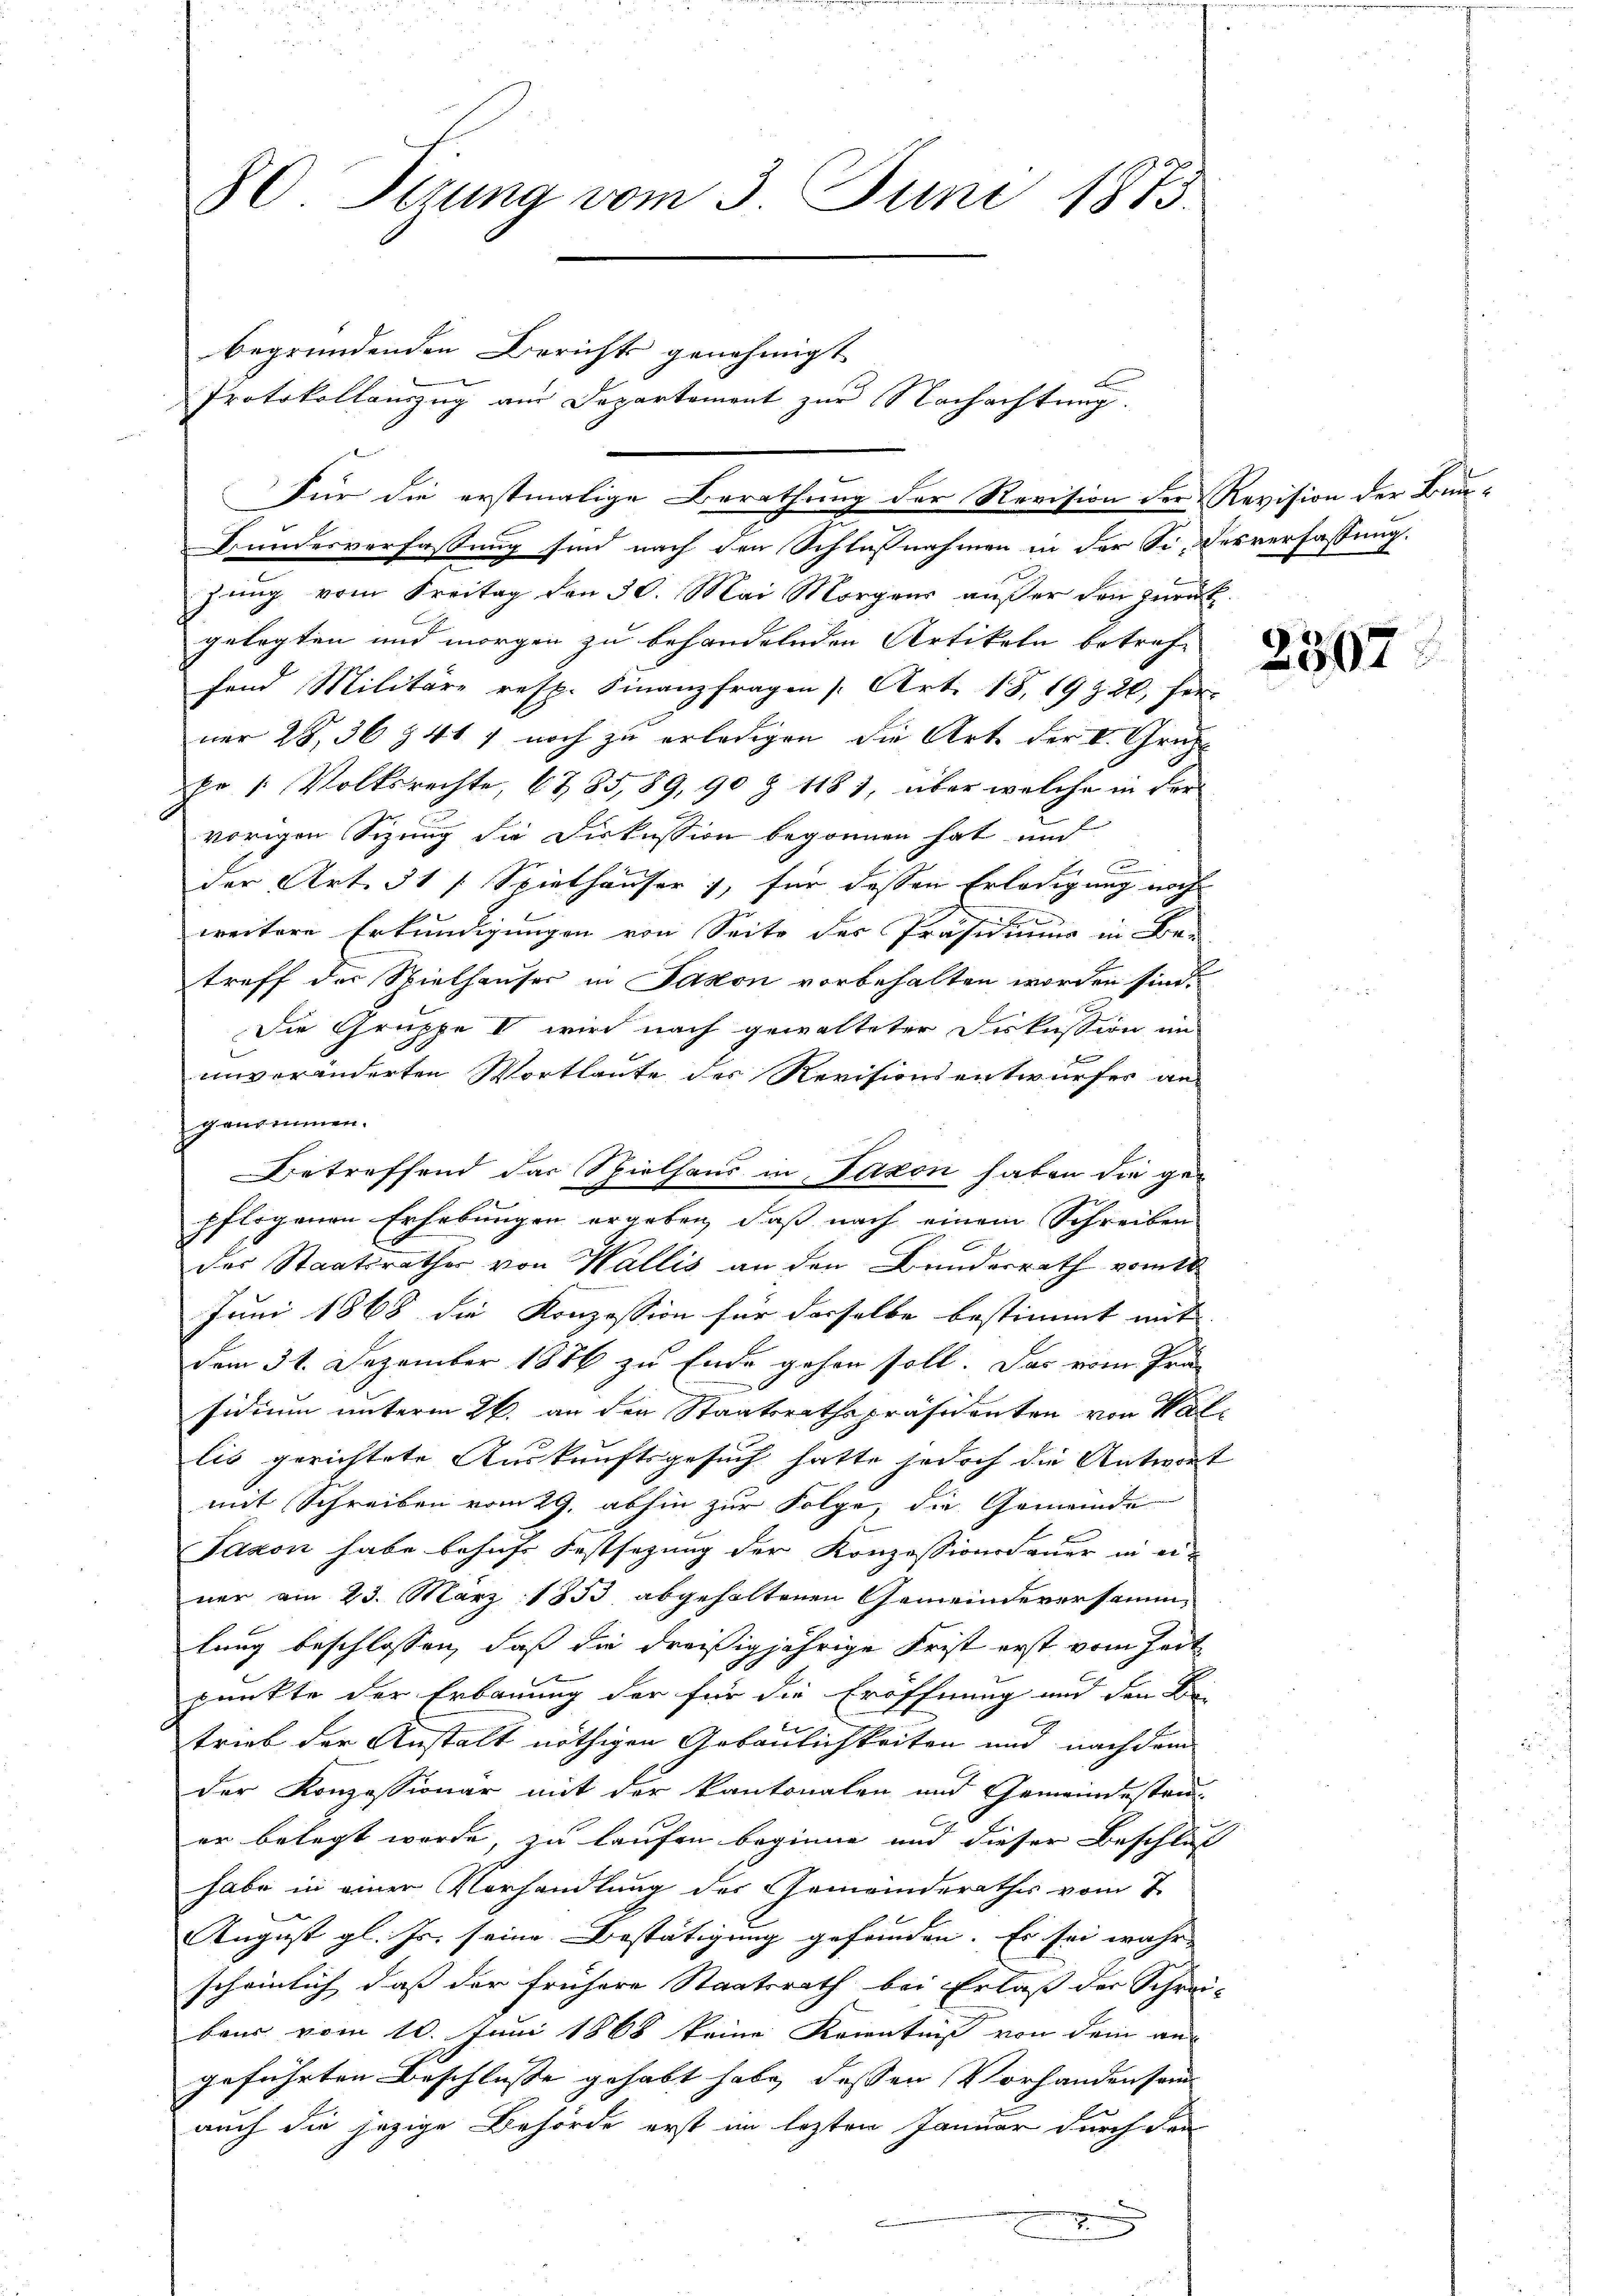
80 Sizung vom 3. Juni 1873.
begründenden Berichts genehmigt
Protokollanzug aus Departement zur Nachachtung.

Bundesverfassung sind nach den Schlußnahmen in der Se. Desverfassung.
zung vom Freitag den 30. Mai Morgens außer den zurück.
gelegten und morgen zu behandelnden Artikeln betreffand Militäre resp. Finanzfragen (Art. 18, 19 & 20 Per-
ner 28, 36 § 417 noch zu erledigen die Art. der V. Graz
pr 1 Volksrechte, 67 85, 89, 90 § 1187, über welche in der
vorigen Sizung die Diskussion begonnen hat und
n
der Art. 31 f. Spielhäuser), für dassen Erledigung noch
weitere Erkundigungen von Seite des Präsidium in Be-
treff der Spielhauser in Jakon vorbehalten worden sind.
Die Gruppe V wird nach gewalteter Diskussion im
unveränderten Wortlaute des Revisionsentwurfes an
genommen.
Betreffend das Spielhaus in Fakon haben die ge-
pflogenen Erhebungen ergeben, daß nach einem Schreiben
des Staatsrathes von Wallis an den Bundesrath vom 18.
Juni 1868 die Konzession für derselbe bestimmt mit
dem 31. Dezember 1876 zu Ende gehen soll. Das vom Prä-
sidium unterm 26. an den Staatsrathspräsidenten von Wal
lis gerichtete Auskunftsgesuch hatte jedoch die Antwort
mit Schreiben vom 29. abhin zur Folge, die Gemeinde
Jaxon habe behufs Festsezung der Konzessionsdauer in einer am 23. März 1853 abgehaltenen Gemeindeversamm-
lung beschlossen, daß die dreißigjährige Frist erst vom Fert
punkte der Erbauung der für die Eröffnung und den Be-
trieb der Anstalt nöthigen Gebäulichkeiten und nach dem
der Konzessionar mit der kantonalen und Gemeindestan-
er belegt wurde, zu laufen beginne und dieser Beschluss
habe in einer Vorhandlung der Gemeinderathes vom 7.
August gl. Js. seine Bestätigung gefunden. Es sei wahr
scheinlich dass der frühere Staatsrath bei Erlaß der Schrei
baur vom 10. Juni 1868 keine Kenntniß von dem aus
geführten Beschlusse gehabt habe dessen Vorhandensam
auch die jezige Behörde erst im lezten Januar durch den

Für die erstmalige Berathung der Revision der Revision der Bun¬

2

2507